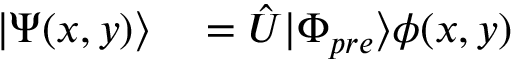
\begin{array} { r l } { | \Psi ( x , y ) \rangle } & { { } = \hat { U } | \Phi _ { p r e } \rangle \phi ( x , y ) } \end{array}